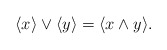
\begin{align*}\langle x\rangle\vee\langle y\rangle=\langle x\wedge y\rangle. \end{align*}